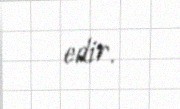
edir.